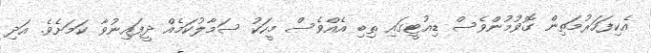
އެކިފަހަރުމަތިން ގޮވުމުންވެސް ޑިއުޓީގައި ތިބި އެއްވެސް މީހަކު ސަމާލުކަމެއް ދީފައިނުވާ ކަަމަށެވެ. އަދި